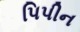
પિપીન